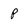
Character: p